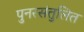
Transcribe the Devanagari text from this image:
पुनरसंतुलित